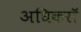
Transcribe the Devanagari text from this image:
अधिकरॉ